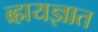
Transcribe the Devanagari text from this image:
ब्र्ह्मयज्ञात